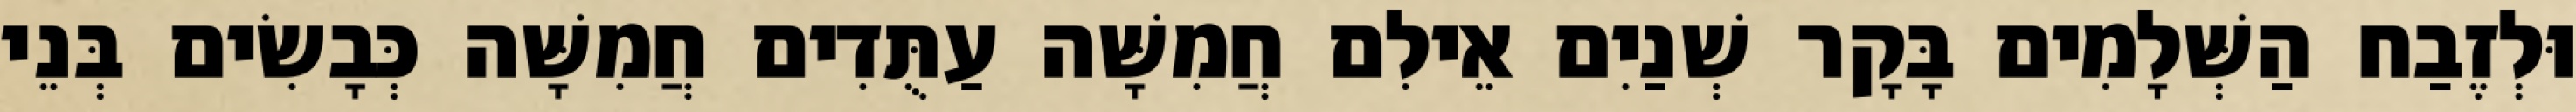
וּלְזֶבַח הַשְּׁלָמִים בָּקָר שְׁנַיִם אֵילִם חֲמִשָּׁה עַתֻּדִים חֲמִשָּׁה כְּבָשִׂים בְּנֵי